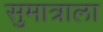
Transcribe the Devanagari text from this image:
सुमात्राला